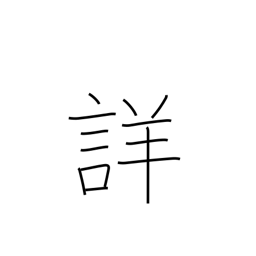
Meaning: accurate